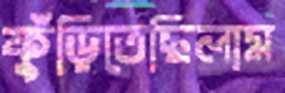
ফুঁড়িতেছিলাম